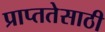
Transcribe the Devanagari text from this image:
प्राप्ततेसाठी